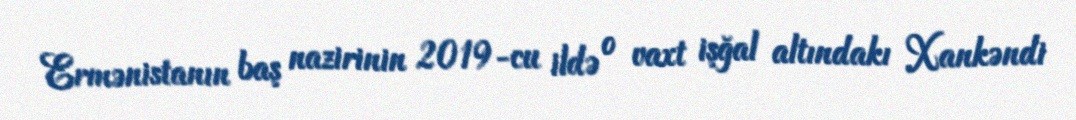
Ermənistanın baş nazirinin 2019-cu ildə o vaxt işğal altındakı Xankəndi